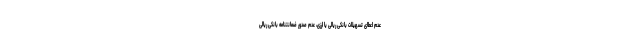
عدم اعطای تسهیلات بانکی ریالی یا ارزی، عدم صدور ضمانتنامه بانکی ریالی